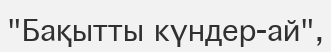
"Бақытты күндер-ай",